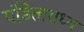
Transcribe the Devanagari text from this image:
पंडिताराध्य